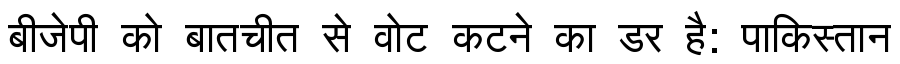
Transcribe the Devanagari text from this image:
बीजेपी को बातचीत से वोट कटने का डर है: पाकिस्तान